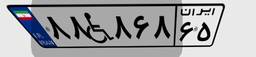
۸۰W۰۲۲۱۸